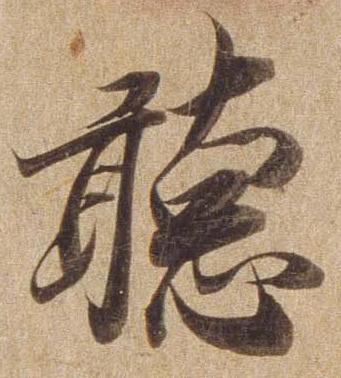
聴